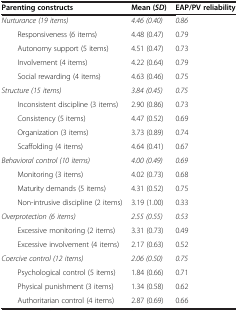
<table><thead><tr><td><b>Parenting constructs</b></td><td><b>Mean ( <i>SD </i>)</b></td><td><b>EAP/PV reliability</b></td></tr></thead><tbody><tr><td><i>Nurturance (19 items)</i></td><td><i>4.46 (0.40)</i></td><td><i>0.86</i></td></tr><tr><td>Responsiveness (6 items)</td><td>4.48 (0.47)</td><td>0.79</td></tr><tr><td>Autonomy support (5 items)</td><td>4.51 (0.47)</td><td>0.73</td></tr><tr><td>Involvement (4 items)</td><td>4.22 (0.64)</td><td>0.79</td></tr><tr><td>Social rewarding (4 items)</td><td>4.63 (0.46)</td><td>0.75</td></tr><tr><td><i>Structure (15 items)</i></td><td><i>3.84 (0.45)</i></td><td><i>0.75</i></td></tr><tr><td>Inconsistent discipline (3 items)</td><td>2.90 (0.86)</td><td>0.73</td></tr><tr><td>Consistency (5 items)</td><td>4.47 (0.52)</td><td>0.69</td></tr><tr><td>Organization (3 items)</td><td>3.73 (0.89)</td><td>0.74</td></tr><tr><td>Scaffolding (4 items)</td><td>4.64 (0.41)</td><td>0.67</td></tr><tr><td><i>Behavioral control (10 items)</i></td><td><i>4.00 (0.49)</i></td><td><i>0.69</i></td></tr><tr><td>Monitoring (3 items)</td><td>4.02 (0.73)</td><td>0.68</td></tr><tr><td>Maturity demands (5 items)</td><td>4.31 (0.52)</td><td>0.75</td></tr><tr><td>Non-intrusive discipline (2 items)</td><td>3.19 (1.00)</td><td>0.33</td></tr><tr><td><i>Overprotection (6 items)</i></td><td><i>2.55 (0.55)</i></td><td><i>0.53</i></td></tr><tr><td>Excessive monitoring (2 items)</td><td>3.31 (0.73)</td><td>0.49</td></tr><tr><td>Excessive involvement (4 items)</td><td>2.17 (0.63)</td><td>0.52</td></tr><tr><td><i>Coercive control (12 items)</i></td><td><i>2.06 (0.50)</i></td><td><i>0.75</i></td></tr><tr><td>Psychological control (5 items)</td><td>1.84 (0.66)</td><td>0.71</td></tr><tr><td>Physical punishment (3 items)</td><td>1.34 (0.58)</td><td>0.62</td></tr><tr><td>Authoritarian control (4 items)</td><td>2.87 (0.69)</td><td>0.66</td></tr></tbody></table>